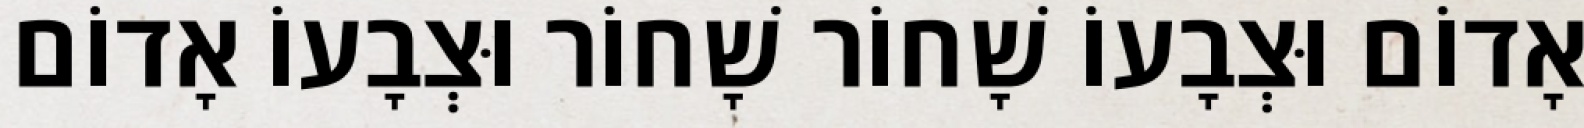
אָדוֹם וּצְבָעוֹ שָׁחוֹר שָׁחוֹר וּצְבָעוֹ אָדוֹם